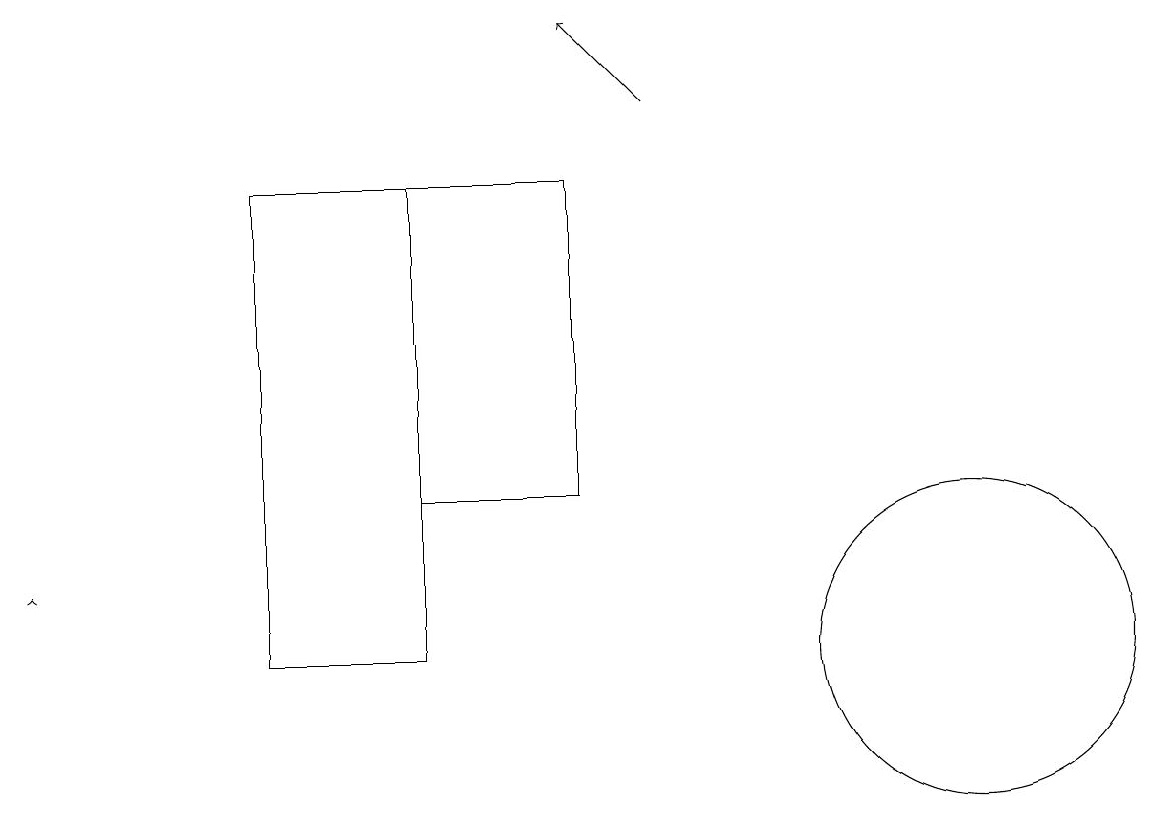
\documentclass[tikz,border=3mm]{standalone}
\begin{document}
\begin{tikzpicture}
\draw (7,12) rectangle (5,16);
\draw (5,10) rectangle (3,16);
\draw[->] (8,17) -- (7,18);
\draw[->] (0,11) -- (0,11);
\draw (12,10) circle (2);
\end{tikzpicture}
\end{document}